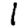
Digit: 1